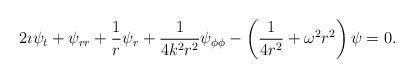
LaTeX: \begin{align*}2\imath \psi_{t} + \psi_{rr}+\frac{1}{r}\psi_{r} +\frac{1}{4k^2r^2}\psi_{\phi\phi} - \left(\frac{1}{4r^2} + \omega^2 r^2\right)\psi = 0.\end{align*}